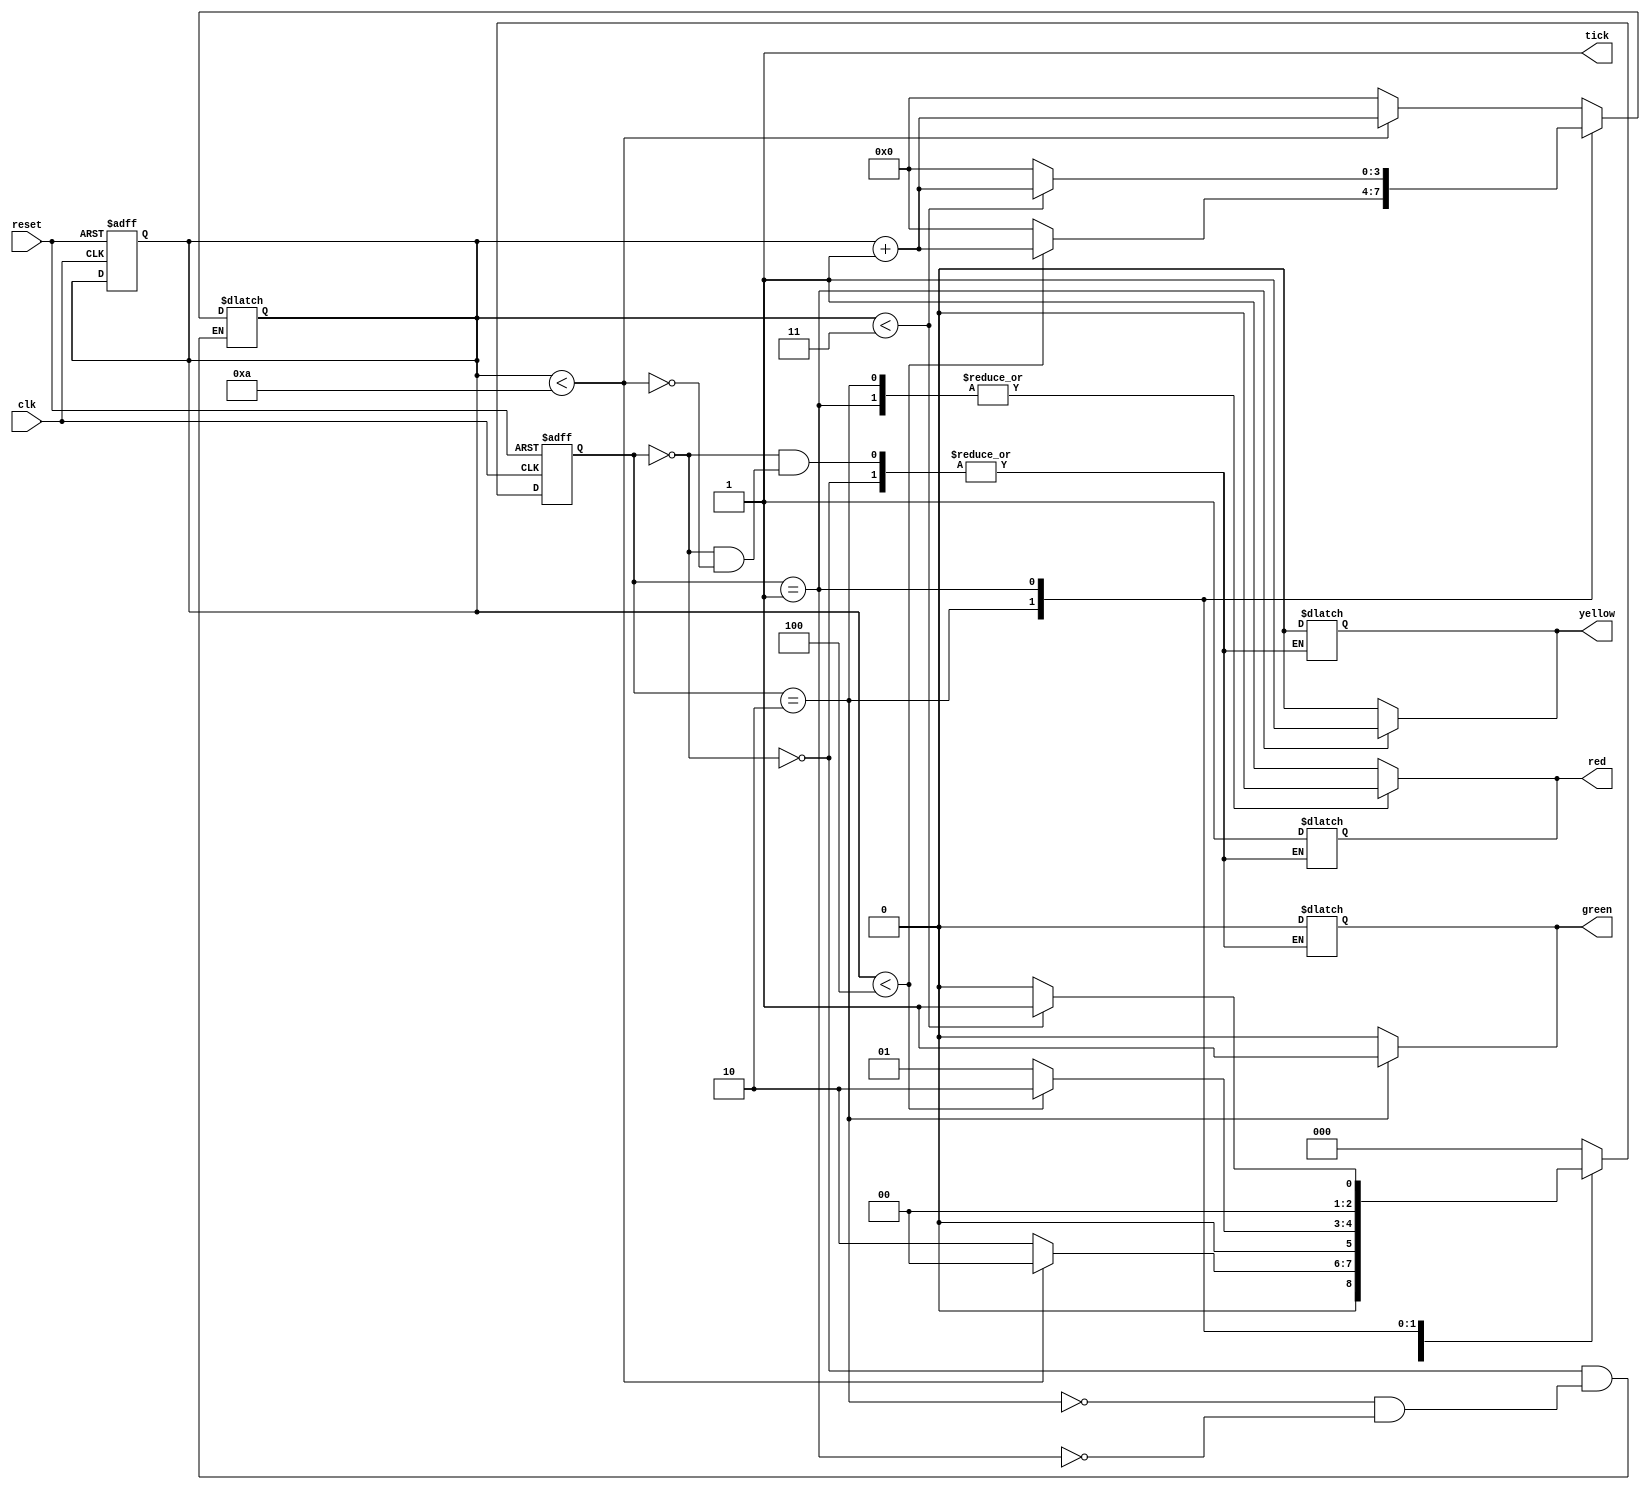
`timescale 1ns / 1ps
//////////////////////////////////////////////////////////////////////////////////
// Company: 
// Engineer: 
// 
// Design Name: 
// Module Name:    LightControl 
// Project Name: 
// Target Devices: 
// Tool versions: 
// Description: 
//
// Dependencies: 
//
// Revision: 
// Revision 0.01 - File Created
// Additional Comments: 
//
//////////////////////////////////////////////////////////////////////////////////
module LightControl(
	input wire clk,
	input wire reset,
	output reg tick, 
	output reg red, green, yellow
    );

	// signal declaration
	reg [3:0] timer = 4'b0000;	
	reg [2:0] state_next, state_reg; 
	
	//define local parameters
		localparam [2:0] Red = 3'b000;
		localparam [2:0] Green = 3'b010;
		localparam [2:0] Yellow = 3'b001;
		
		// state register
		always @(posedge clk, posedge reset)
		if (reset)
			begin
			state_reg <= Red;
			timer <= 4'b0000;
			//tick <= 1'b1;
			end
		else
		begin
		state_reg <= state_next;
		//tick <= 1'b1;
		end

		// next-state logic and output logic
		always @*
			begin
			state_next <= state_reg; // default state: the same
			tick <= 1'b1;
			//timer <= timer + 1; 
		case(state_reg)
			 Red : if (timer < 4'b1010)   //keep red on for 10 seconds, then move to green
			 begin								//if timer is less than 10 continue in red state
				state_next <= Red;
				timer <= timer + 4'b0001;
				 red=1; yellow=0; green=0; 
			 //tick <= 1'b1;
			end
				else
				begin									//else move to green amd reset timer 	
					timer <= 4'b0000;
					state_next <= Green;
				end
			
			 Green : if (timer < 4'b0100)  //keep red on for 4 seconds, then move to yellow
			 begin
				 state_next <= Green;			//if timer is less than 4 continue in red state
				 timer <= timer + 4'b0001;
			end
				 else
				begin
				timer <= 4'b0000;
				 state_next <= Yellow;
				  
				end
			 Yellow : if(timer < 4'b0011) //keep red on for 3 seconds, then move to red
					begin							//if timer is less than 10 continue in red state
						state_next <= Yellow;
						timer <= timer + 4'b0001;
					end
				  else    
				  begin
				  state_next = Red;
				  timer <= 4'b0000;
				  end
			 
			 default :               
						begin
						state_next = Red ;
						end
		endcase
		end
	
	  always @* 
	  begin
    case(state_reg)
      Red: 		begin red=1; yellow=0; green=0; end
		Green: 	begin red=0; yellow=0; green=1; end
      Yellow: begin red=0; yellow=1; green=0; end
      default:  begin red=1; yellow=0; green=0; end
    endcase
  end
endmodule